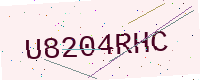
Text: U8204RHC